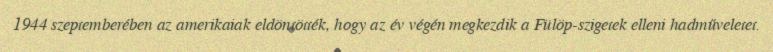
1944 szeptemberében az amerikaiak eldöntötték, hogy az év végén megkezdik a Fülöp-szigetek elleni hadműveletet.